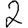
Digit: 2